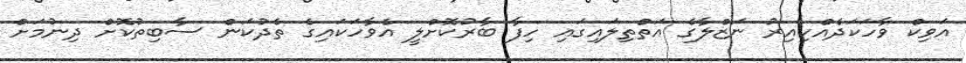
އަވިކް ވާހަކަދެއްކިއިރު ނަޒްލާގެ އަތްތިލައިގައި ހިފާ ބާރުކޮށްލީ އެވާހަކައިގެ ތެދުކަން ސާބިތުކޮށް ދިނުމަށް